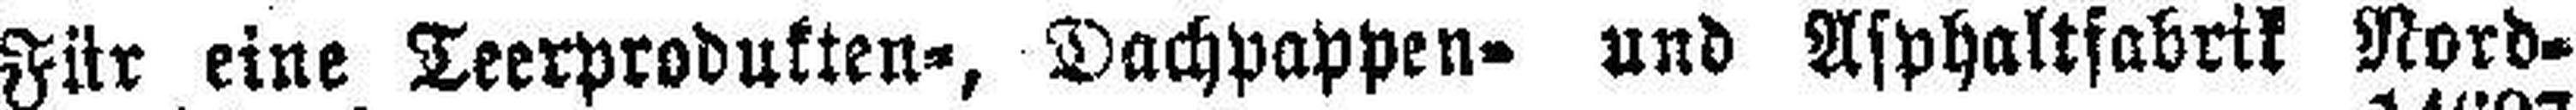
Für eine Teerprodukten-, Dachpappen- und Asphaltfabrik Nord¬